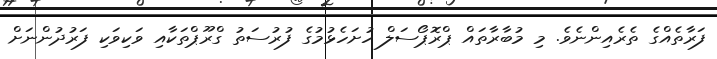
ފަރާތެއްގެ ތެރެއިންނެވެ. މި މުބާރާތައް ޕްރޮޕޯސަލް ހުށަހެޅުމުގެ ފުރުސަތު ގްރޫޕްތަކާއި ވަކިވަކި ފަރުދުންނަށް